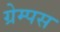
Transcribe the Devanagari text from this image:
ग्रेम्पस